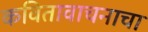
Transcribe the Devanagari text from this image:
कवितावाचनाचा